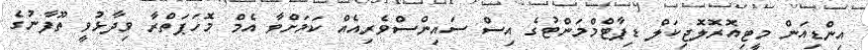
އިންޑިއަން މީޓިއޮރޮލޮޖިކަލް ޑިޕާޓްމްމަންޓުގެ އިސް ސައިންސްވެރިއެއް ކަމަށްވާ އެމް މޮހަޕަތްރާ ވިދާޅުވީ ތޫފާނުގެ